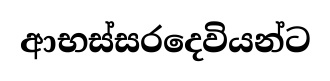
ආභස්සරදෙවියන්ට